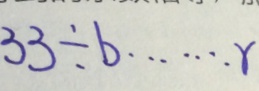
3 3 \div b \cdots r